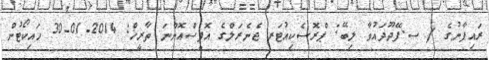
ރައިފާނުގެ / ސ.ފޭދޫދައުވާ ލިބޭ: ޕްރޮސެކިއުޓަރ ޖެނެރަލްގެ އޮފީސްއޮންނަ ތާރީޚް: 2014-01-30 ހައިކޯޓުން